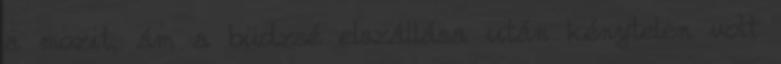
a mozit, ám a büdzsé elszállása után kénytelen volt